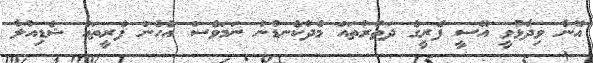
އޭނާ ވިދާޅުވީ އޭސީ ފެރީގެ ދަތުރުތައް މެދުކެނޑުނު ނަމަވެސް އެހެން ފެރީތައް ޝެޑިއުލާ